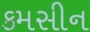
કમસીન